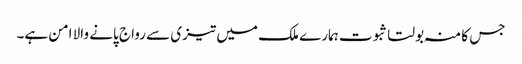
جس کا منہ بولتا ثبوت ہمارے ملک میں تیزی سے رواج پانے والا امن ہے۔